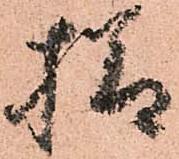
様